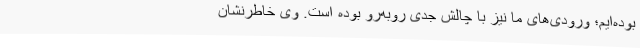
بوده‌ایم؛ ورودی‌های ما نیز با چالش جدی روبه‌رو بوده ‌است. وی خاطرنشان